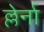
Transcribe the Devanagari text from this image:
ल्लेर्ना